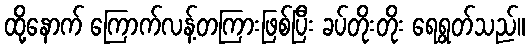
ထို့နောက် ကြောက်လန့်တကြားဖြစ်ပြီး ခပ်တိုးတိုး ရေရွတ်သည်။